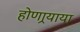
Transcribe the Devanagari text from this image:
होणार्‍याया